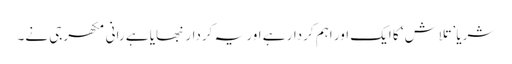
شریا ’تلاش‘ کا ایک اور اہم کردار ہے اور یہ کردار نبھایا ہے رانی مکھرجی نے۔